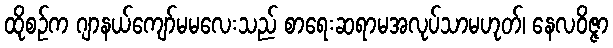
ထိုစဉ်က ဂျာနယ်ကျော်မမလေးသည် စာရေးဆရာမအလုပ်သာမဟုတ်၊ နေလဝိဇ္ဇာ